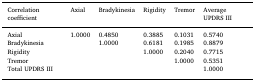
| Correlation coefficient | Axial | Bradykinesia | Rigidity | Tremor | Average UPDRS III |
 | --- | --- | --- | --- | --- | --- |
 | Axial | 1.0000 | 0.4850 | 0.3885 | 0.1031 | 0.5740 |
 | Bradykinesia |  | 1.0000 | 0.6181 | 0.1985 | 0.8879 |
 | Rigidity |  |  | 1.0000 | 0.2040 | 0.7715 |
 | Tremor |  |  |  | 1.0000 | 0.5351 |
 | Total UPDRS III |  |  |  |  | 1.0000 |